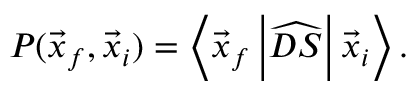
P ( \vec { x } _ { f } , \vec { x } _ { i } ) = \left\langle \vec { x } _ { f } \left| \widehat { D S } \right| \vec { x } _ { i } \right\rangle .